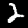
Label: 2